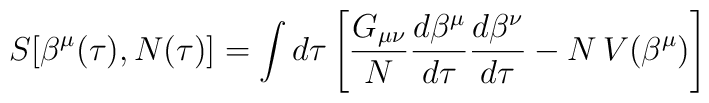
S[\beta^\mu(\tau), N(\tau)] = \int d\tau \left[\frac{G_{\mu \nu}}{N} \frac{d \beta^\mu}{d \tau} \frac{d \beta^\nu}{d  \tau}- N \, V(\beta^\mu) \right]